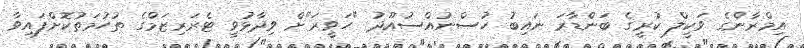
އިމްރާންގެ ވަކީލް ކުރީގެ ބަންްޑާރަ ނައިބު ހުސްނުއްސުއޫދު "ހަވީރަ"ށް ވިދާޅުވީ ޓެރަރިޒަމްގެ ތުހުމަތުކޮށްފައިވާ